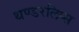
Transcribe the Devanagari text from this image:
थण्डरलिप्स